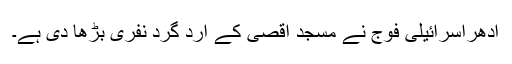
ادھراسرائیلی فوج نے مسجد اقصیٰ کے ارد گرد نفری بڑھا دی ہے۔